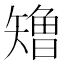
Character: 𰦢